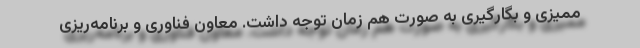
ممیزی و بگارگیری به صورت هم زمان توجه داشت. معاون فناوری و برنامه‌ریزی